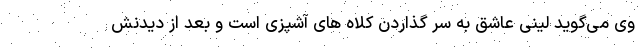
وی می‌گوید لینی عاشق به سر گذاردن کلاه های آشپزی است و بعد از دیدنش